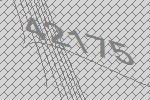
42175